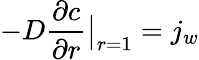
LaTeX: -D\frac{\partial c}{\partial r}\bigr|_{r=1}=j_{w}